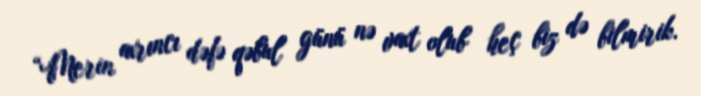
“Merin axrıncı dəfə qəbul günü nə vaxt olub heç biz də bilmirik.